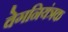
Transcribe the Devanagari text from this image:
वेगनियंत्रक